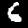
Label: 6